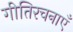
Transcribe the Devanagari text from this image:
गीतिरचनाएँ